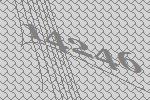
14246